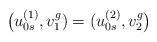
LaTeX: \begin{align*}\big(u_{0s}^{(1)},v_1^g)=(u_{0s}^{(2)},v_2^g\big)\end{align*}